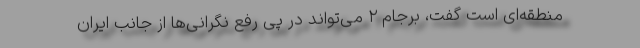
منطقه‌ای است گفت، برجام ۲ می‌تواند در پی رفع نگرانی‌ها از جانب ایران